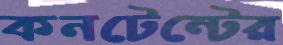
কনটেন্টের